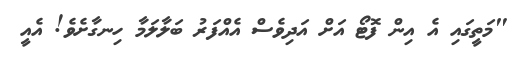
"މަތީގައި އެ އިން ފޮޓޯ އަށް އަދިވެސް އެއްފަަރު ބަލާލަމާ ހިނގާށެވެ! އެއީ